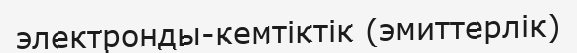
электронды-кемтіктік (эмиттерлік)